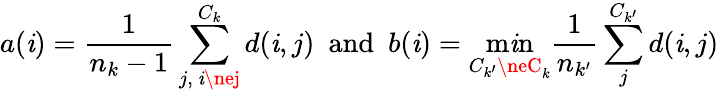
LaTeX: a(\mathit{i})=\frac{{1}}{{n_{k}-1}}\sum_{j,~\mathit{i}\nej}^{C_{k}}d(\mathit{i},j)~~\mathrm{{and}}~~b(\mathit{i})=\operatorname*{m\mathit{i}n}_{C_{k^{\prime}}\neC_{k}}\frac{{1}}{{n_{k^{\prime}}}}\sum_{j}^{C_{k^{\prime}}}d(\mathit{i},j)